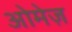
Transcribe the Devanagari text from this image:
ओमेज़